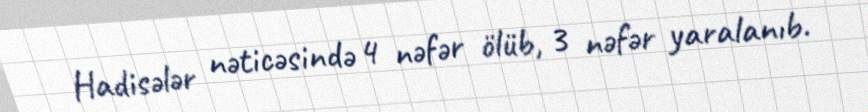
Hadisələr nəticəsində 4 nəfər ölüb, 3 nəfər yaralanıb.